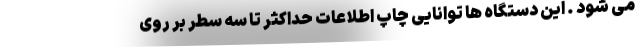
می‌ شود . این دستگاه ها توانایی چاپ اطلاعات حداکثر تا سه سطر بر روی